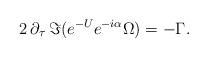
LaTeX: \begin{align*} 2 \, \partial_\tau \, \Im (e^{-U} e^{-i \alpha} \Omega) = - \Gamma.\end{align*}